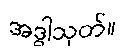
အဒ္ဓါသုတ်။